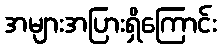
အများအပြားရှိကြောင်း